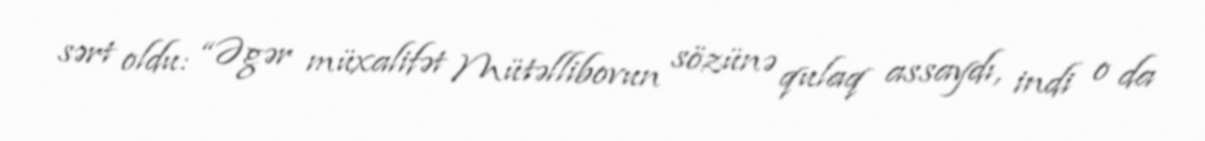
sərt oldu: “Əgər müxalifət Mütəllibovun sözünə qulaq assaydı, indi o da